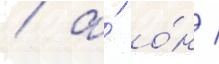
/ а́ о́н /